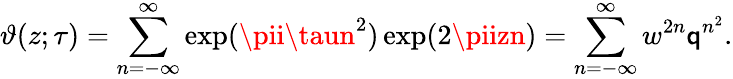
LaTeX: \vartheta(z;\tau)=\sum_{n=-\infty}^{\infty}\exp(\pii\taun^{2})\exp(2\piizn)=\sum_{n=-\infty}^{\infty}w^{2n}\mathsf{q}^{n^{2}}.